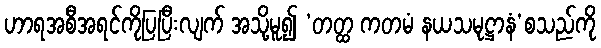
ဟာရအစီအရင်ကိုပြပြီးလျက် အသို့မူ၍ ‘တတ္ထ ကတမံ နယသမုဋ္ဌာနံ’စသည်ကို